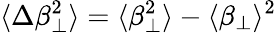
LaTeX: \langle\Delta\beta_{\perp}^{2}\rangle=\langle\beta_{\perp}^{2}\rangle-\langle\beta_{\perp}\rangle^{2}